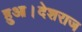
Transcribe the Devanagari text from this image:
हुआ।देशराज